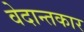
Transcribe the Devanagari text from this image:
वेदान्तकार